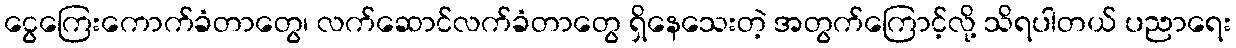
ငွေကြေးကောက်ခံတာတွေ၊ လက်ဆောင်လက်ခံတာတွေ ရှိနေသေးတဲ့ အတွက်ကြောင့်လို့ သိရပါတယ် ပညာရေး